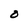
Character: O